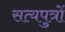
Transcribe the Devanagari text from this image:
सत्यपुत्रों